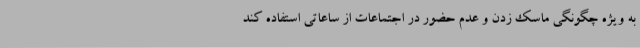
به ویژه چگونگی ماسک زدن و عدم حضور در اجتماعات از ساعاتی استفاده کند